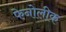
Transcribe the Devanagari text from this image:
फेनोलीक